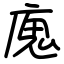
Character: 廆